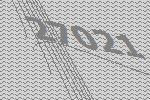
27021